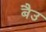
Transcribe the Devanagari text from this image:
बैउ